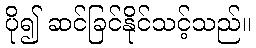
ပို၍ ဆင်ခြင်နိုင်သင့်သည်။